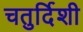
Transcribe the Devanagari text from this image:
चतुर्दिशी